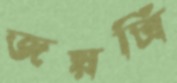
জয়ত্রি